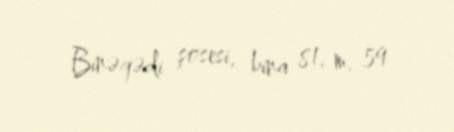
Binəqədi şosesi, bina 81, m. 59